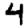
Digit: 4